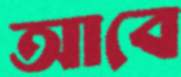
আবে